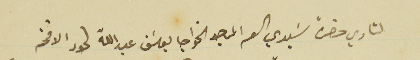
لتاري حضرة سَيدي العم الماجد الخواجا يوسَف عبدالله لحود الافخم